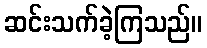
ဆင်းသက်ခဲ့ကြသည်။